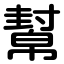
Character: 幫